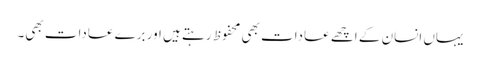
یہاں انسان کے اچھے عادات بھی محفوظ رہتے ہیں اور برے عادات بھی۔